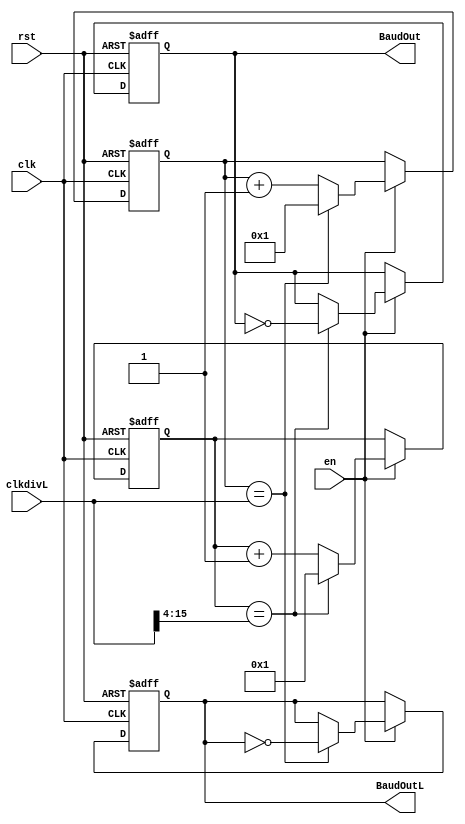

module BaudGen(clkdivL,en,clk,rst,BaudOut,BaudOutL);
input [15:0]clkdivL;
input clk,rst,en;
output reg BaudOut;
output reg BaudOutL;
wire [12:0]clkdiv;

reg [12:0]count;
reg [15:0]countL;
assign clkdiv=clkdivL>>4;

always @(posedge clk or posedge rst)
begin
	if(rst)
		begin
		count<=9'b0;
		BaudOut<=1'b0;
		countL<=9'b0;
		BaudOutL<=1'b0;
		end
	else
	if(en)
	begin
		if(count==clkdiv)
		begin 
			count<=1;
			BaudOut<=~BaudOut;
		end
		else count<=count+1'b1;
		if(countL==clkdivL)
		begin 
			countL<=1;
			BaudOutL<=~BaudOutL;
		end
		else countL<=countL+1'b1;
	end
end
endmodule